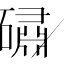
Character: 䃤